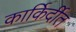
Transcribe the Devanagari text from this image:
कार्किर्दीत